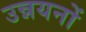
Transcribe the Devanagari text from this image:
उन्नयनों